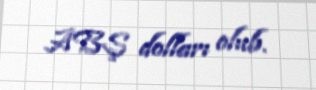
ABŞ dolları olub.